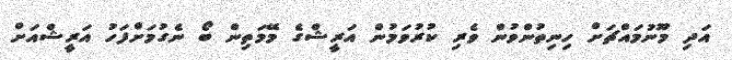
އަދި މޫނުމައްޗަށް ހިނިތުންވުން ވެރި ކުރުވަމުން އަރީޝްގެ މޭމަތިން ބޯ ނެގުމަށްފަހު އަރީޝްއަށް